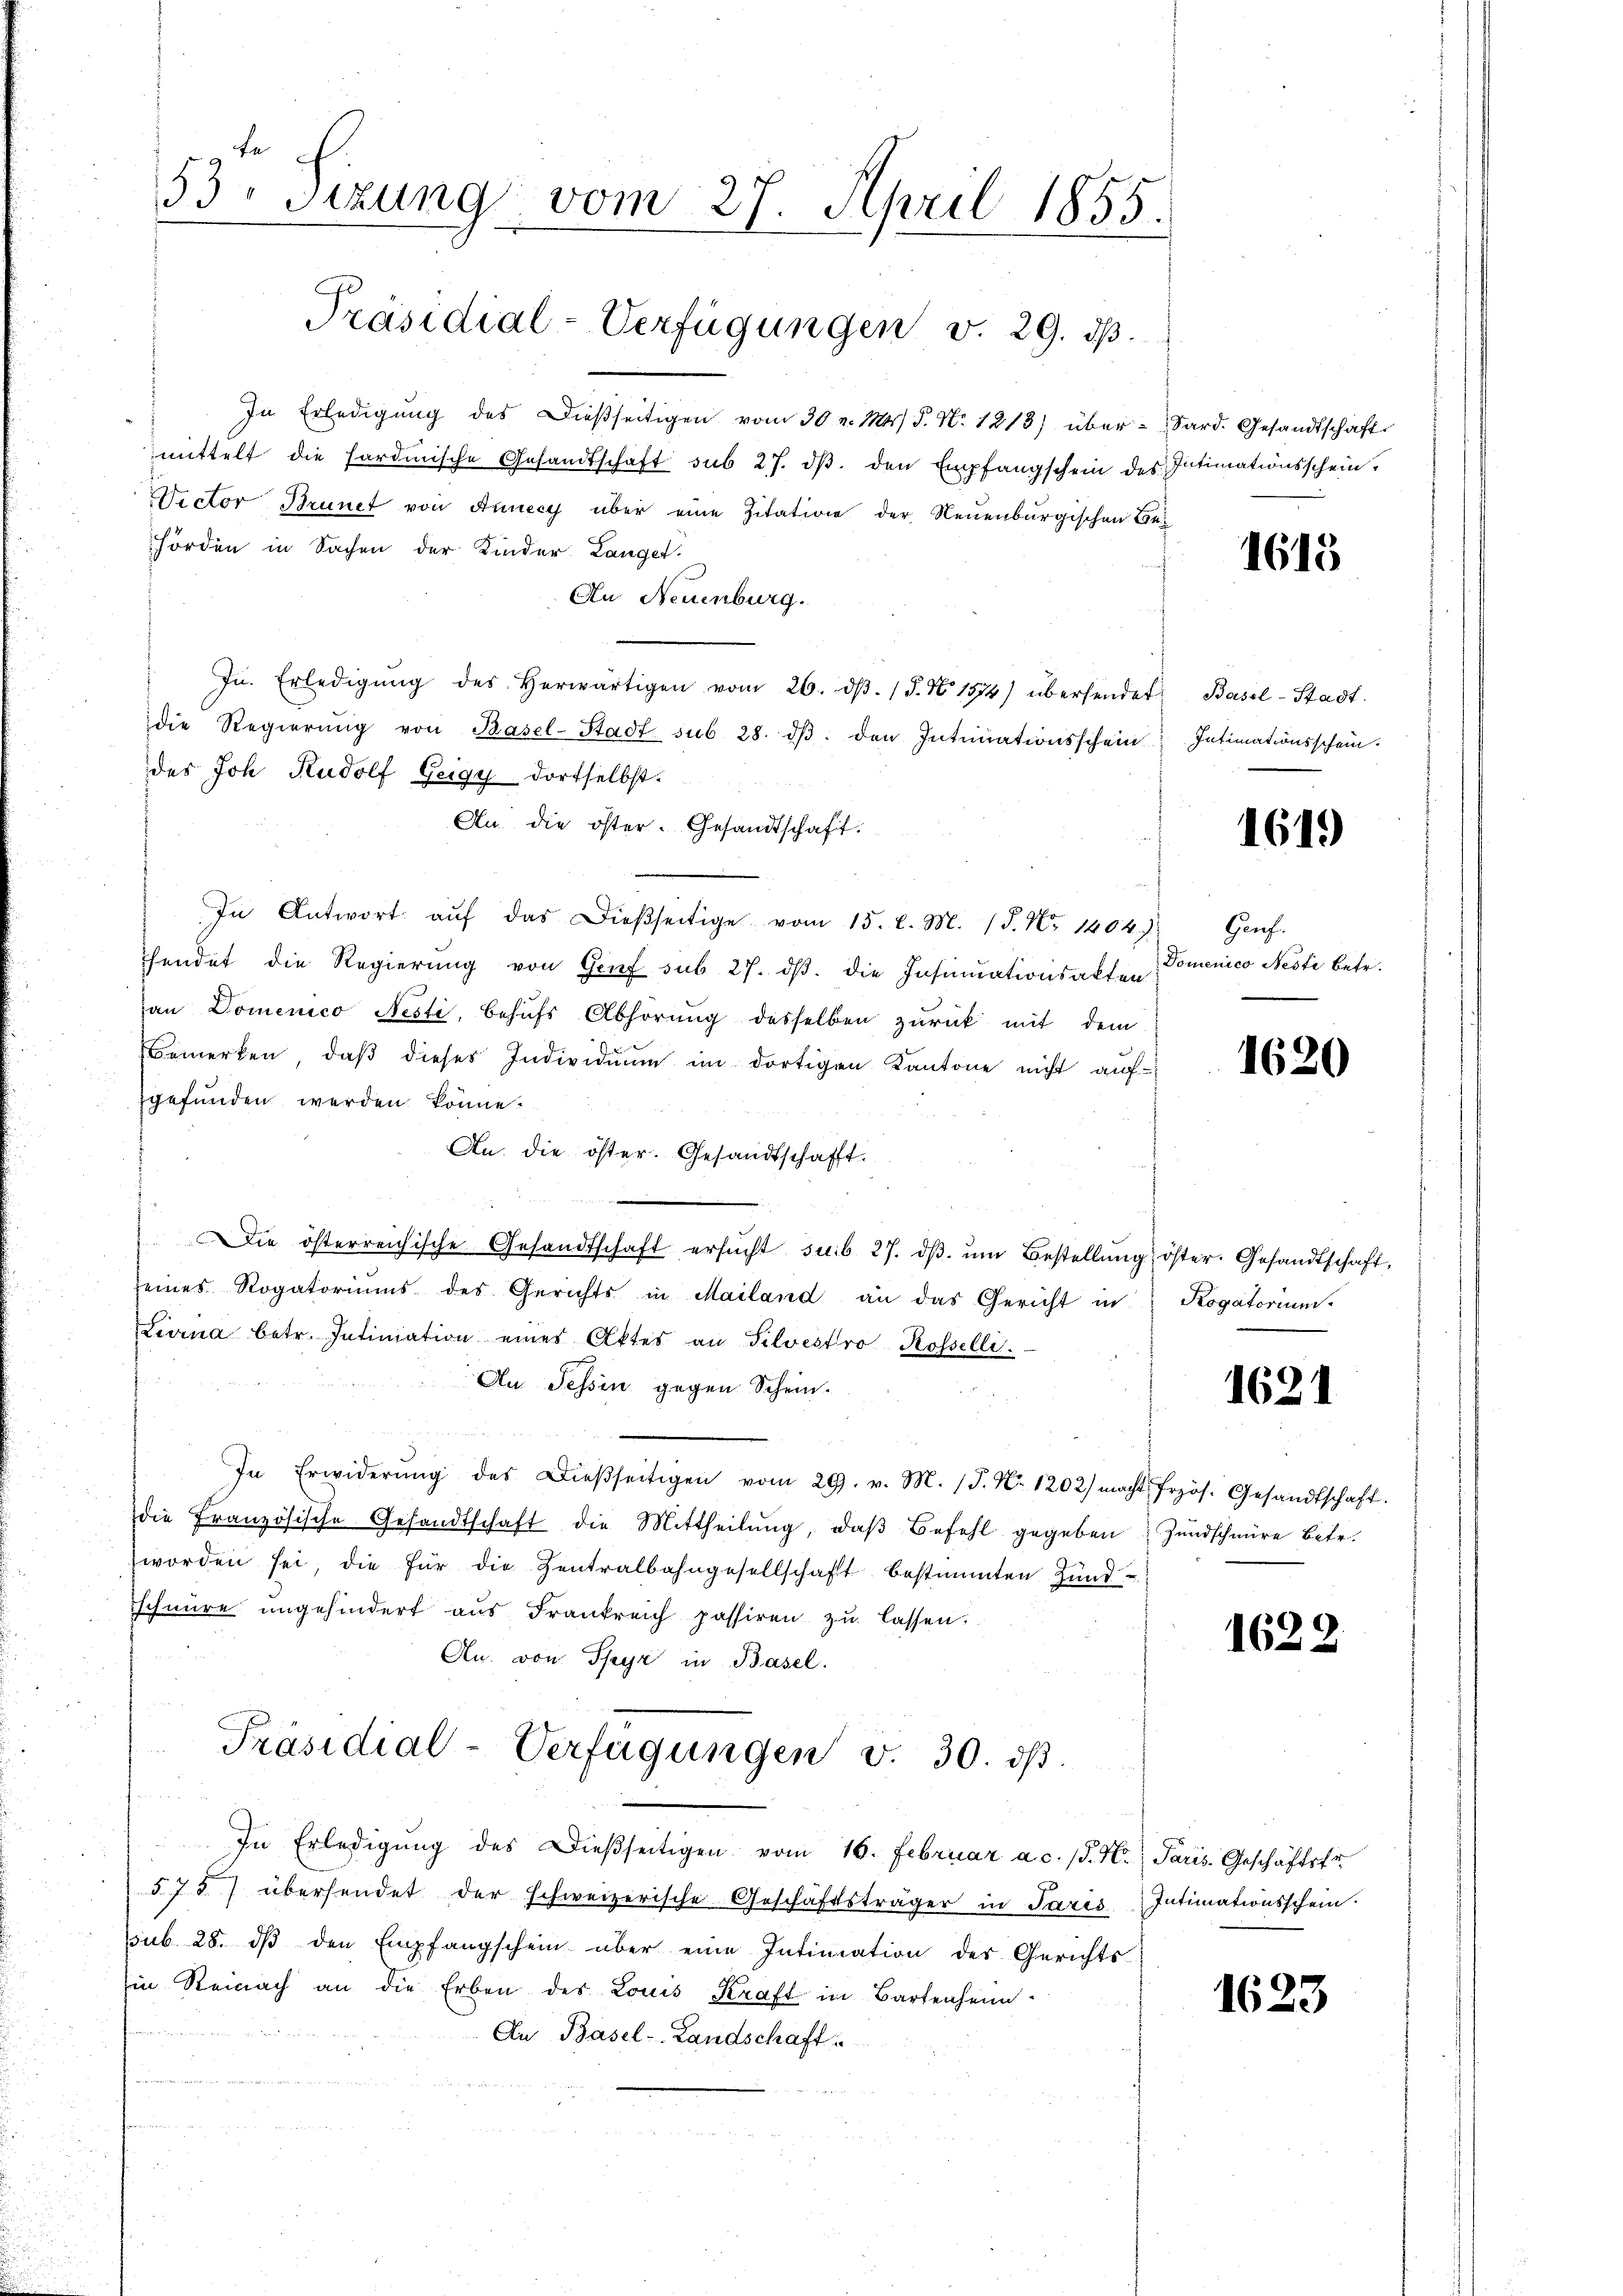
53. Sizung vom 27. April 1855.

Präsidial-Verfügungen v. 29. ds.

In Erledigung des Dießseitigen vom 30. v. Mts. S. Nr. 1813) übermittelt die Hardmische Gesandtschaft sub 27. dβ. den Empfangschein des
Dector Brunet von Annecy über eine Zitation der Neuenburgischen Behörden in Sachen der Kinder Langet.
An Neuenburg.
Jn. Erledigŭng des herwärtigen vom 26. dβ. 15. No 1374) übersendet
die Regierŭng von Basel-Stadt sub 28. dβ. den Intimationsschein
des Joh. Rudolf Zeigy dortselbst.
An. die öster. Gesandtschaft.
In Antwort aŭf das dieβseitige vom 15. d. M. 18. No 1404.)
hendet die Regierung von Genf sub 27. dβ. die Insinuationsakten
an Domenico Nesti, behufs Abhörung desselben zurück mit dem
Bemerken, daß dieses Individuum im dortigen Kantone nicht auf-
gefunden werden könne.
An die öster. Gesandtschafft.
Die österreichische Gesandtschaft ersŭcht sub 27. dβ. ŭm Bestellŭng öster. Gesandtschaft,
eines Rogatoriŭms des Gerichts in Mailand an das Gericht in Rogatorium
Livina betr. Intimation eines Aktes an Silvestro Rosselli.
An Tessin gegen Schein¬
In Erwiderŭng des Dießseitigen vom 29. v. M. (S. Nr. 1202) macht frzös. Gesandtschaft.
die Französische Gesandtschaft die Mittheilŭng, daβ Befehl gegeben Zundschnüre betr.
worden sei, die für die Zentralbahngesellschaft bestimmten Hŭnd-
schnüre ungehindert aus Frankreich passiren zu lassen.
An. von Spyr in Basel.
Präsidial-Verfügungen v. 30. ds.
In Erledigŭng des Dießseitigen vom 16. Februar a. c. /. M. Paris, Geschäftstr
575) übersendet der schweizerische Geschäftsträger in Paris Intimationsschein.
sub. 28. dβ den Empfangschein über eine Intimation des Gerichts-
Ein Reinach an die Erben des Louis Kraft in Bartenheim-
An Basel-Landschaft

Sard. Gesandtschaft.
Intimationsschein.

1613

Basel-Stadt.
Intimationsschein.

1619

Genf.
Domenico Nesti betr.

1620

e

1621

1622

1623